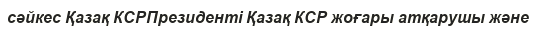
сәйкес Қазақ КСРПрезиденті Қазақ КСР жоғары атқарушы және